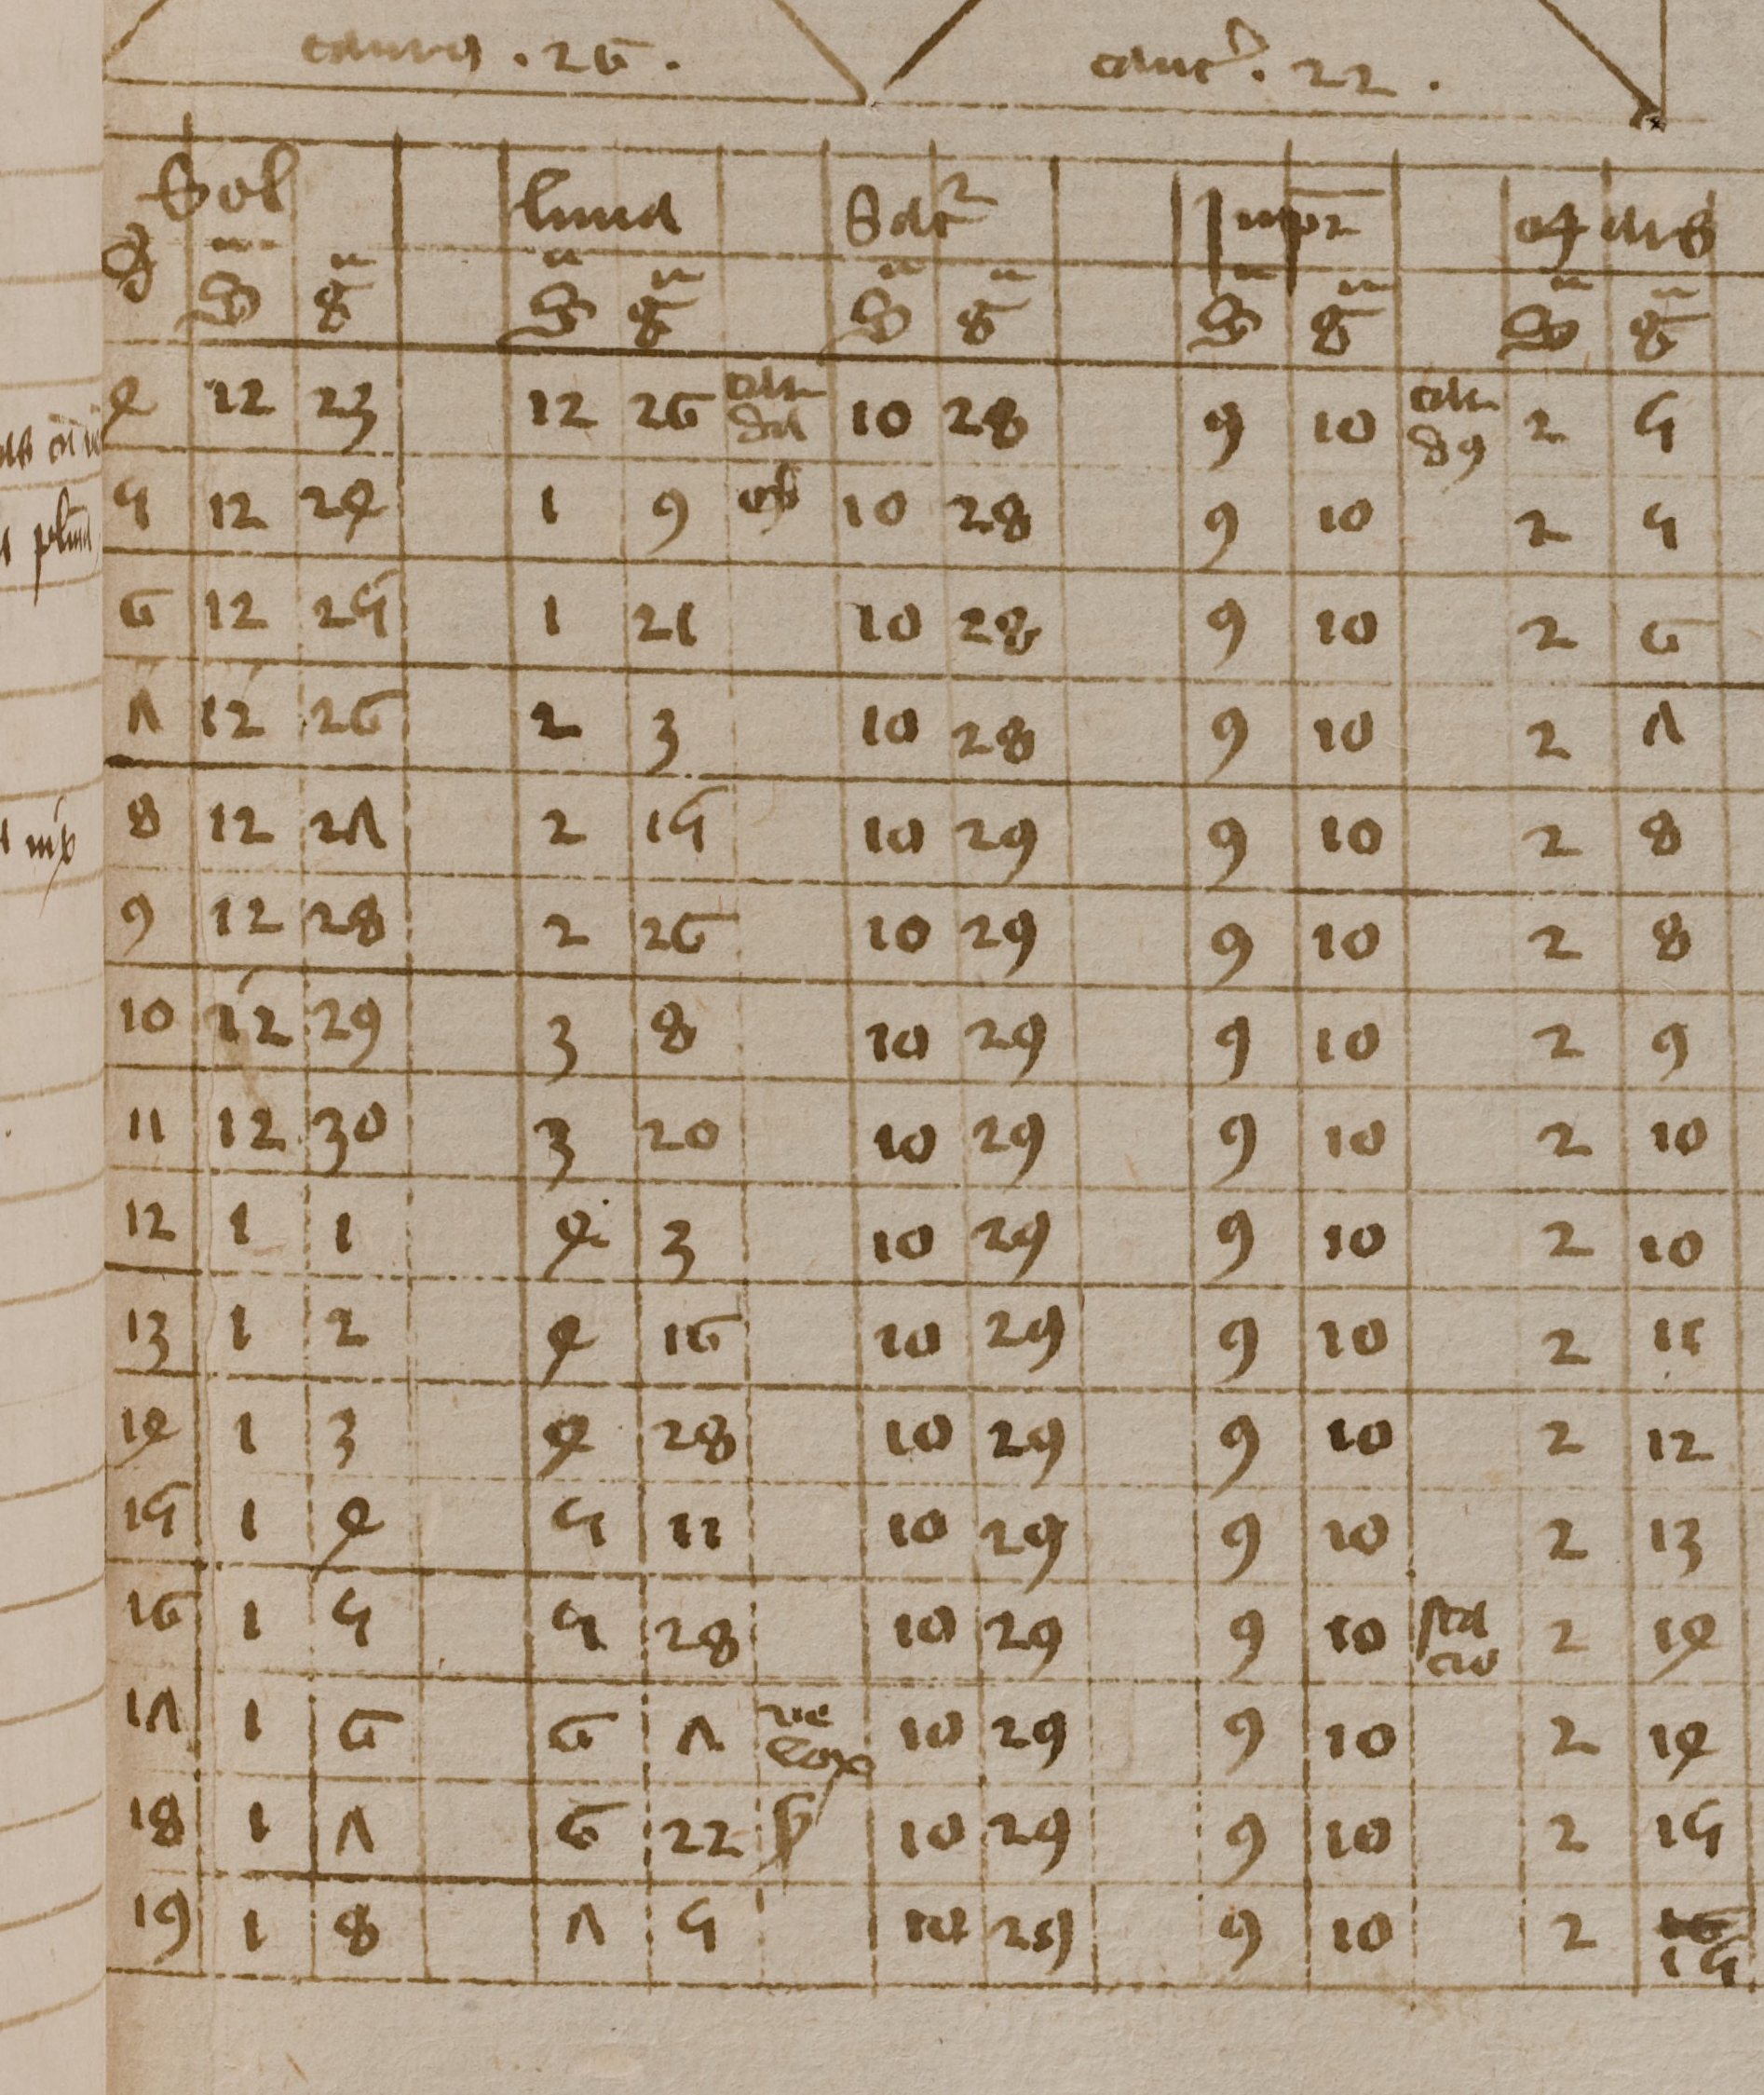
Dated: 1350–1424